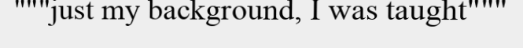
"""just my background, I was taught"""